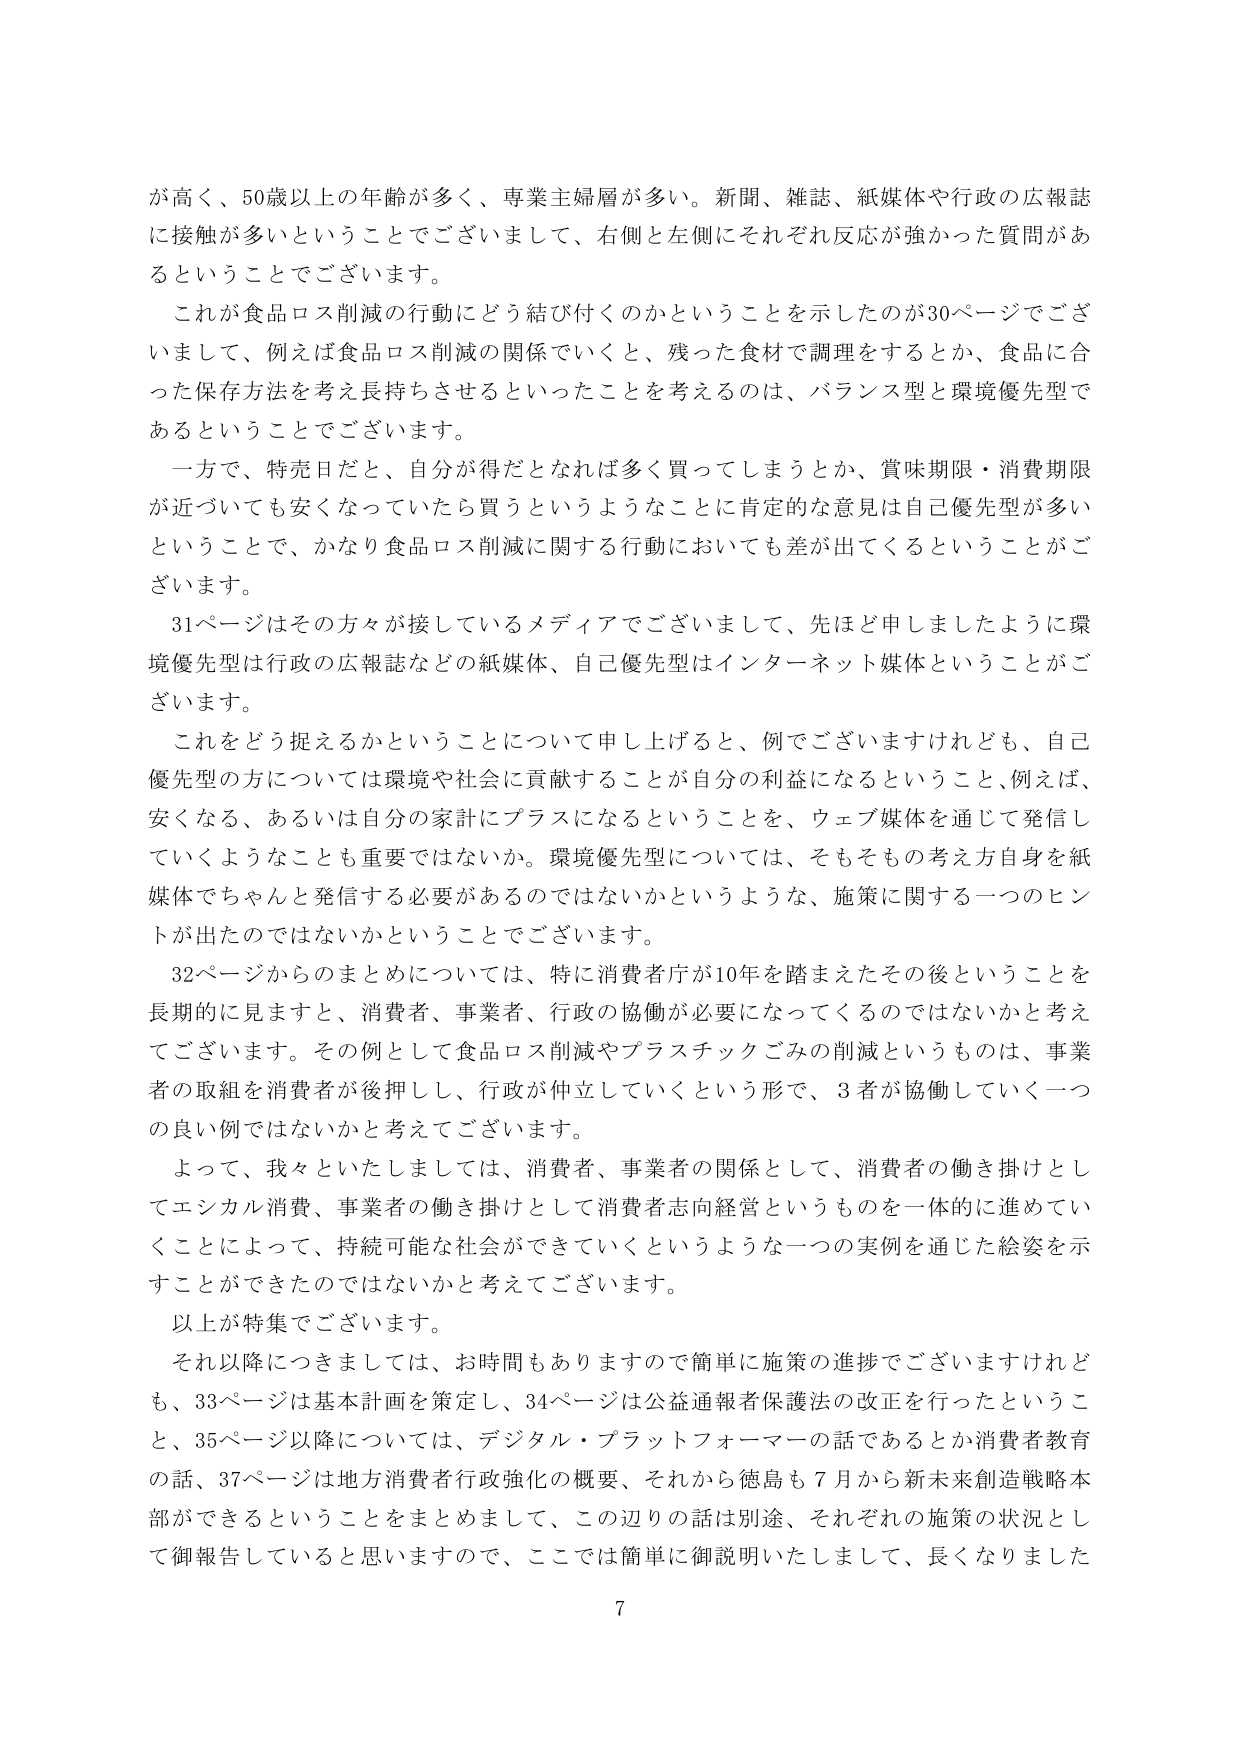
が高く、50歳以上の年齢が多く、専業主婦層が多い。新聞、雑誌、紙媒体や行政の広報誌に接触が多いということでございまして、右側と左側にそれぞれ反応が強かった質問があるということでございます。

これが食品ロス削減の行動にどう結び付くのかということを示したのが30ページでございます、例えば食品ロス削減の関係でいくと、残った食材で調理をするとか、食品に合った保存方法を考え長持ちさせるといったことを考えるのは、バランス型と環境優先型であるということでございます。

一方で、特売日だと、自分が得だとなれば多く買ってしまうとか、賞味期限・消費期限が近づいても安くなっていたら買うというようなことに肯定的な意見は自己優先型が多いということで、かなり食品ロス削減に関する行動においても差が出てくるということがございます。

31ページはその方々が接しているメディアでございまして、先ほど申しましたように環境優先型は行政の広報誌などの紙媒体、自己優先型はインターネット媒体ということがございます。

これをどう捉えるかということについて申し上げると、例でございますけれども、自己優先型の方については環境や社会に貢献することが自分の利益になるということ、例えば、安くなる、あるいは自分の家計にプラスになるということを、ウェブ媒体を通じて発信していくようなことも重要ではないか。環境優先型については、そもそもその考え方自身を紙媒体でちゃんと発信する必要があるのではないのかというような、施策に関する一つのヒントが出たのではないかということでございます。

32ページからのまとめについては、特に消費者庁が10年を踏まえたその後ということを長期的に見ますと、消費者、事業者、行政の協働が必要になってくるのではないかと考えてございます。その例として食品ロス削減やプラスチックごみの削減というものは、事業者の取組を消費者が後押しし、行政が仲立していくという形で、3者が協働していく一つの良い例ではないかと考えてございます。

よって、我々といたしましては、消費者、事業者の関係として、消費者の働き掛けとしてエシカル消費、事業者の働き掛けとして消費者志向経営というものを一体的に進めていくことによって、持続可能な社会ができていくというような一つの実例を通じた絵姿を示すことができたのではないかと考えてございます。

以上が特集でございます。

それ以降につきましては、お時間もありますので簡単に施策の進捗でございますけれども、33ページは基本計画を策定し、34ページは公益通報者保護法の改正を行ったということ、35ページ以降については、デジタル・プラットフォーマーの話であるとか消費者教育の話、37ページは地方消費者行政強化の概要、それから徳島も7月から新未来創造戦略本部ができるということをまとめまして、この辺りの話は別途、それぞれの施策の状況として御報告していると思いますので、ここでは簡単に御説明いたしまして、長くなりました

7